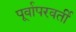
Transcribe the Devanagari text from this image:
पूर्वापरवर्ती